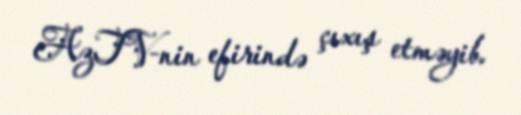
AzTV-nin efirində çıxış etməyib.